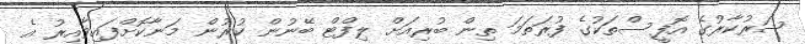
ސަރުކާރުގެ އޮފީސްތަކުގެ ފުރަތަމަ ތިން ބުރިއަށް ލިފްޓް ބޭނުން ކުރުން މަނާކޮށްފައިވާއިރު އެ